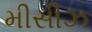
મીસીઝ